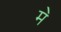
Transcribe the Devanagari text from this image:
म॓